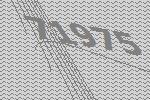
71975